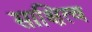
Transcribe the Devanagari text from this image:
साक्षित्व